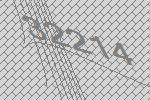
32214